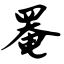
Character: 罨